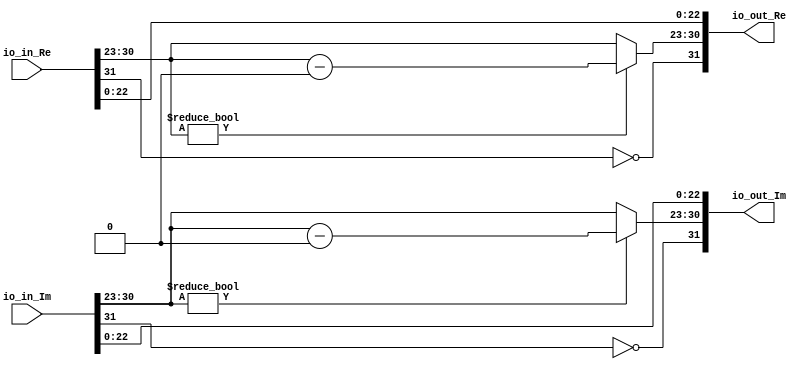
module cmplx_adj(
  input  [31:0] io_in_Re,
  input  [31:0] io_in_Im,
  output [31:0] io_out_Re,
  output [31:0] io_out_Im
);
  wire  sign_0 = io_in_Re[31]; // @[FFTDesigns.scala 2581:24]
  wire  sign_1 = io_in_Im[31]; // @[FFTDesigns.scala 2582:24]
  wire [7:0] exp_0 = io_in_Re[30:23]; // @[FFTDesigns.scala 2584:23]
  wire [7:0] exp_1 = io_in_Im[30:23]; // @[FFTDesigns.scala 2585:23]
  wire [22:0] frac_0 = io_in_Re[22:0]; // @[FFTDesigns.scala 2587:24]
  wire [22:0] frac_1 = io_in_Im[22:0]; // @[FFTDesigns.scala 2588:24]
  wire  new_sign_0 = ~sign_0; // @[FFTDesigns.scala 2591:22]
  wire  new_sign_1 = ~sign_1; // @[FFTDesigns.scala 2592:22]
  wire [7:0] _new_exp_0_T_1 = exp_0 - 8'h0; // @[FFTDesigns.scala 2599:28]
  wire [7:0] new_exp_0 = exp_0 != 8'h0 ? _new_exp_0_T_1 : exp_0; // @[FFTDesigns.scala 2598:25 2599:18 2601:18]
  wire [7:0] _new_exp_1_T_1 = exp_1 - 8'h0; // @[FFTDesigns.scala 2604:28]
  wire [7:0] new_exp_1 = exp_1 != 8'h0 ? _new_exp_1_T_1 : exp_1; // @[FFTDesigns.scala 2603:26 2604:18 2606:18]
  wire [8:0] _io_out_Im_T = {new_sign_0,new_exp_0}; // @[FFTDesigns.scala 2611:34]
  wire [8:0] _io_out_Im_T_2 = {new_sign_1,new_exp_1}; // @[FFTDesigns.scala 2614:34]
  assign io_out_Re = {_io_out_Im_T,frac_0}; // @[FFTDesigns.scala 2613:48]
  assign io_out_Im = {_io_out_Im_T_2,frac_1}; // @[FFTDesigns.scala 2614:48]
endmodule
module full_subber(
  input  [7:0] io_in_a,
  input  [7:0] io_in_b,
  output [7:0] io_out_s,
  output       io_out_c
);
  wire [8:0] _result_T = io_in_a - io_in_b; // @[Arithmetic.scala 72:23]
  wire [9:0] _result_T_2 = _result_T - 9'h0; // @[Arithmetic.scala 72:34]
  wire [8:0] result = _result_T_2[8:0]; // @[Arithmetic.scala 71:22 72:12]
  assign io_out_s = result[7:0]; // @[Arithmetic.scala 73:23]
  assign io_out_c = result[8]; // @[Arithmetic.scala 74:23]
endmodule
module twoscomplement(
  input  [7:0] io_in,
  output [7:0] io_out
);
  wire [7:0] _x_T = ~io_in; // @[Arithmetic.scala 28:16]
  assign io_out = 8'h1 + _x_T; // @[Arithmetic.scala 28:14]
endmodule
module full_adder(
  input  [23:0] io_in_a,
  input  [23:0] io_in_b,
  output [23:0] io_out_s,
  output        io_out_c
);
  wire [24:0] _result_T = io_in_a + io_in_b; // @[Arithmetic.scala 58:23]
  wire [25:0] _result_T_1 = {{1'd0}, _result_T}; // @[Arithmetic.scala 58:34]
  wire [24:0] result = _result_T_1[24:0]; // @[Arithmetic.scala 57:22 58:12]
  assign io_out_s = result[23:0]; // @[Arithmetic.scala 59:23]
  assign io_out_c = result[24]; // @[Arithmetic.scala 60:23]
endmodule
module twoscomplement_1(
  input  [23:0] io_in,
  output [23:0] io_out
);
  wire [23:0] _x_T = ~io_in; // @[Arithmetic.scala 28:16]
  assign io_out = 24'h1 + _x_T; // @[Arithmetic.scala 28:14]
endmodule
module shifter(
  input  [23:0] io_in_a,
  input  [4:0]  io_in_b,
  output [23:0] io_out_s
);
  wire [23:0] _result_T = io_in_a >> io_in_b; // @[Arithmetic.scala 42:25]
  wire [54:0] _GEN_0 = {{31'd0}, _result_T}; // @[Arithmetic.scala 41:26 42:14 44:14]
  assign io_out_s = _GEN_0[23:0]; // @[Arithmetic.scala 39:22]
endmodule
module leadingOneDetector(
  input  [23:0] io_in,
  output [4:0]  io_out
);
  wire [1:0] _hotValue_T = io_in[1] ? 2'h2 : 2'h1; // @[Mux.scala 47:70]
  wire [1:0] _hotValue_T_1 = io_in[2] ? 2'h3 : _hotValue_T; // @[Mux.scala 47:70]
  wire [2:0] _hotValue_T_2 = io_in[3] ? 3'h4 : {{1'd0}, _hotValue_T_1}; // @[Mux.scala 47:70]
  wire [2:0] _hotValue_T_3 = io_in[4] ? 3'h5 : _hotValue_T_2; // @[Mux.scala 47:70]
  wire [2:0] _hotValue_T_4 = io_in[5] ? 3'h6 : _hotValue_T_3; // @[Mux.scala 47:70]
  wire [2:0] _hotValue_T_5 = io_in[6] ? 3'h7 : _hotValue_T_4; // @[Mux.scala 47:70]
  wire [3:0] _hotValue_T_6 = io_in[7] ? 4'h8 : {{1'd0}, _hotValue_T_5}; // @[Mux.scala 47:70]
  wire [3:0] _hotValue_T_7 = io_in[8] ? 4'h9 : _hotValue_T_6; // @[Mux.scala 47:70]
  wire [3:0] _hotValue_T_8 = io_in[9] ? 4'ha : _hotValue_T_7; // @[Mux.scala 47:70]
  wire [3:0] _hotValue_T_9 = io_in[10] ? 4'hb : _hotValue_T_8; // @[Mux.scala 47:70]
  wire [3:0] _hotValue_T_10 = io_in[11] ? 4'hc : _hotValue_T_9; // @[Mux.scala 47:70]
  wire [3:0] _hotValue_T_11 = io_in[12] ? 4'hd : _hotValue_T_10; // @[Mux.scala 47:70]
  wire [3:0] _hotValue_T_12 = io_in[13] ? 4'he : _hotValue_T_11; // @[Mux.scala 47:70]
  wire [3:0] _hotValue_T_13 = io_in[14] ? 4'hf : _hotValue_T_12; // @[Mux.scala 47:70]
  wire [4:0] _hotValue_T_14 = io_in[15] ? 5'h10 : {{1'd0}, _hotValue_T_13}; // @[Mux.scala 47:70]
  wire [4:0] _hotValue_T_15 = io_in[16] ? 5'h11 : _hotValue_T_14; // @[Mux.scala 47:70]
  wire [4:0] _hotValue_T_16 = io_in[17] ? 5'h12 : _hotValue_T_15; // @[Mux.scala 47:70]
  wire [4:0] _hotValue_T_17 = io_in[18] ? 5'h13 : _hotValue_T_16; // @[Mux.scala 47:70]
  wire [4:0] _hotValue_T_18 = io_in[19] ? 5'h14 : _hotValue_T_17; // @[Mux.scala 47:70]
  wire [4:0] _hotValue_T_19 = io_in[20] ? 5'h15 : _hotValue_T_18; // @[Mux.scala 47:70]
  wire [4:0] _hotValue_T_20 = io_in[21] ? 5'h16 : _hotValue_T_19; // @[Mux.scala 47:70]
  wire [4:0] _hotValue_T_21 = io_in[22] ? 5'h17 : _hotValue_T_20; // @[Mux.scala 47:70]
  assign io_out = io_in[23] ? 5'h18 : _hotValue_T_21; // @[Mux.scala 47:70]
endmodule
module FP_adder(
  input         clock,
  input         reset,
  input  [31:0] io_in_a,
  input  [31:0] io_in_b,
  output [31:0] io_out_s
);
`ifdef RANDOMIZE_REG_INIT
  reg [31:0] _RAND_0;
`endif // RANDOMIZE_REG_INIT
  wire [7:0] subber_io_in_a; // @[FPArithmetic.scala 76:24]
  wire [7:0] subber_io_in_b; // @[FPArithmetic.scala 76:24]
  wire [7:0] subber_io_out_s; // @[FPArithmetic.scala 76:24]
  wire  subber_io_out_c; // @[FPArithmetic.scala 76:24]
  wire [7:0] complement_io_in; // @[FPArithmetic.scala 82:28]
  wire [7:0] complement_io_out; // @[FPArithmetic.scala 82:28]
  wire [23:0] adder_io_in_a; // @[FPArithmetic.scala 86:23]
  wire [23:0] adder_io_in_b; // @[FPArithmetic.scala 86:23]
  wire [23:0] adder_io_out_s; // @[FPArithmetic.scala 86:23]
  wire  adder_io_out_c; // @[FPArithmetic.scala 86:23]
  wire [23:0] complementN_0_io_in; // @[FPArithmetic.scala 92:31]
  wire [23:0] complementN_0_io_out; // @[FPArithmetic.scala 92:31]
  wire [23:0] complementN_1_io_in; // @[FPArithmetic.scala 94:31]
  wire [23:0] complementN_1_io_out; // @[FPArithmetic.scala 94:31]
  wire [23:0] shifter_io_in_a; // @[FPArithmetic.scala 98:25]
  wire [4:0] shifter_io_in_b; // @[FPArithmetic.scala 98:25]
  wire [23:0] shifter_io_out_s; // @[FPArithmetic.scala 98:25]
  wire [23:0] complementN_2_io_in; // @[FPArithmetic.scala 143:31]
  wire [23:0] complementN_2_io_out; // @[FPArithmetic.scala 143:31]
  wire [23:0] leadingOneFinder_io_in; // @[FPArithmetic.scala 163:34]
  wire [4:0] leadingOneFinder_io_out; // @[FPArithmetic.scala 163:34]
  wire [7:0] subber2_io_in_a; // @[FPArithmetic.scala 165:25]
  wire [7:0] subber2_io_in_b; // @[FPArithmetic.scala 165:25]
  wire [7:0] subber2_io_out_s; // @[FPArithmetic.scala 165:25]
  wire  subber2_io_out_c; // @[FPArithmetic.scala 165:25]
  wire  sign_0 = io_in_a[31]; // @[FPArithmetic.scala 38:23]
  wire  sign_1 = io_in_b[31]; // @[FPArithmetic.scala 39:23]
  wire [8:0] _T_2 = 9'h100 - 9'h2; // @[FPArithmetic.scala 43:62]
  wire [8:0] _GEN_31 = {{1'd0}, io_in_a[30:23]}; // @[FPArithmetic.scala 43:34]
  wire [8:0] _GEN_0 = _GEN_31 > _T_2 ? _T_2 : {{1'd0}, io_in_a[30:23]}; // @[FPArithmetic.scala 43:68 44:14 46:14]
  wire [8:0] _GEN_32 = {{1'd0}, io_in_b[30:23]}; // @[FPArithmetic.scala 48:34]
  wire [8:0] _GEN_1 = _GEN_32 > _T_2 ? _T_2 : {{1'd0}, io_in_b[30:23]}; // @[FPArithmetic.scala 48:68 49:14 51:14]
  wire [22:0] frac_0 = io_in_a[22:0]; // @[FPArithmetic.scala 56:23]
  wire [22:0] frac_1 = io_in_b[22:0]; // @[FPArithmetic.scala 57:23]
  wire [23:0] whole_frac_0 = {1'h1,frac_0}; // @[FPArithmetic.scala 61:26]
  wire [23:0] whole_frac_1 = {1'h1,frac_1}; // @[FPArithmetic.scala 62:26]
  wire [7:0] exp_1 = _GEN_1[7:0]; // @[FPArithmetic.scala 42:19]
  wire [7:0] exp_0 = _GEN_0[7:0]; // @[FPArithmetic.scala 42:19]
  wire [7:0] out_exp = subber_io_out_c ? exp_1 : exp_0; // @[FPArithmetic.scala 104:34 105:15 115:15]
  wire [7:0] sub_exp = subber_io_out_c ? complement_io_out : subber_io_out_s; // @[FPArithmetic.scala 104:34 106:15 116:15]
  wire  out_s = subber_io_out_c ? sign_1 : sign_0; // @[FPArithmetic.scala 104:34 107:13 117:13]
  wire [22:0] out_frac = subber_io_out_c ? frac_1 : frac_0; // @[FPArithmetic.scala 104:34 108:16 118:16]
  wire [23:0] _GEN_8 = subber_io_out_c ? shifter_io_out_s : whole_frac_0; // @[FPArithmetic.scala 104:34 112:21 87:19]
  wire [23:0] _GEN_9 = subber_io_out_c ? whole_frac_1 : shifter_io_out_s; // @[FPArithmetic.scala 104:34 88:19 122:21]
  wire  _new_s_T = ~adder_io_out_c; // @[FPArithmetic.scala 138:15]
  wire  _D_T_1 = sign_0 ^ sign_1; // @[FPArithmetic.scala 151:39]
  wire  D = _new_s_T | sign_0 ^ sign_1; // @[FPArithmetic.scala 151:28]
  wire  E = _new_s_T & ~adder_io_out_s[23] | _new_s_T & ~_D_T_1 | adder_io_out_c & adder_io_out_s[23] & _D_T_1; // @[FPArithmetic.scala 154:99]
  wire  _GEN_25 = sub_exp >= 8'h17 ? out_s : ~adder_io_out_c & sign_0 | sign_0 & sign_1 | ~adder_io_out_c & sign_1; // @[FPArithmetic.scala 138:11 173:39 174:13]
  wire  new_s = io_in_a[30:0] == 31'h0 & io_in_b[30:0] == 31'h0 ? 1'h0 : _GEN_25; // @[FPArithmetic.scala 169:62 170:13]
  wire [23:0] adder_result = new_s & sign_0 != sign_1 ? complementN_2_io_out : adder_io_out_s; // @[FPArithmetic.scala 157:18 158:47 159:20]
  wire [4:0] _subber2_io_in_b_T_1 = 5'h18 - leadingOneFinder_io_out; // @[FPArithmetic.scala 167:42]
  wire [8:0] _GEN_33 = {{1'd0}, out_exp}; // @[FPArithmetic.scala 181:20]
  wire [23:0] _new_out_frac_T_2 = 24'h800000 - 24'h1; // @[FPArithmetic.scala 183:51]
  wire [7:0] _new_out_exp_T_3 = out_exp + 8'h1; // @[FPArithmetic.scala 185:32]
  wire [8:0] _GEN_13 = _GEN_33 == _T_2 ? _T_2 : {{1'd0}, _new_out_exp_T_3}; // @[FPArithmetic.scala 181:56 182:21 185:21]
  wire [23:0] _GEN_14 = _GEN_33 == _T_2 ? _new_out_frac_T_2 : {{1'd0}, adder_result[23:1]}; // @[FPArithmetic.scala 181:56 183:22 186:22]
  wire [53:0] _GEN_2 = {{31'd0}, adder_result[22:0]}; // @[FPArithmetic.scala 197:57]
  wire [53:0] _new_out_frac_T_7 = _GEN_2 << _subber2_io_in_b_T_1; // @[FPArithmetic.scala 197:57]
  wire [7:0] _GEN_15 = subber2_io_out_c ? 8'h1 : subber2_io_out_s; // @[FPArithmetic.scala 192:39 193:23 196:23]
  wire [53:0] _GEN_16 = subber2_io_out_c ? 54'h400000 : _new_out_frac_T_7; // @[FPArithmetic.scala 192:39 194:24 197:24]
  wire [7:0] _GEN_17 = leadingOneFinder_io_out == 5'h1 & adder_result == 24'h0 & (_D_T_1 & io_in_a[30:0] == io_in_b[30:0
    ]) ? 8'h0 : _GEN_15; // @[FPArithmetic.scala 189:141 190:21]
  wire [53:0] _GEN_18 = leadingOneFinder_io_out == 5'h1 & adder_result == 24'h0 & (_D_T_1 & io_in_a[30:0] == io_in_b[30:
    0]) ? 54'h0 : _GEN_16; // @[FPArithmetic.scala 189:141 139:18]
  wire [7:0] _GEN_19 = D ? _GEN_17 : 8'h0; // @[FPArithmetic.scala 140:17 188:26]
  wire [53:0] _GEN_20 = D ? _GEN_18 : 54'h0; // @[FPArithmetic.scala 139:18 188:26]
  wire [8:0] _GEN_21 = ~D ? _GEN_13 : {{1'd0}, _GEN_19}; // @[FPArithmetic.scala 180:26]
  wire [53:0] _GEN_22 = ~D ? {{30'd0}, _GEN_14} : _GEN_20; // @[FPArithmetic.scala 180:26]
  wire [8:0] _GEN_23 = E ? {{1'd0}, out_exp} : _GEN_21; // @[FPArithmetic.scala 177:26 178:19]
  wire [53:0] _GEN_24 = E ? {{31'd0}, adder_result[22:0]} : _GEN_22; // @[FPArithmetic.scala 177:26 179:20]
  wire [53:0] _GEN_26 = sub_exp >= 8'h17 ? {{31'd0}, out_frac} : _GEN_24; // @[FPArithmetic.scala 173:39 175:20]
  wire [8:0] _GEN_27 = sub_exp >= 8'h17 ? {{1'd0}, out_exp} : _GEN_23; // @[FPArithmetic.scala 173:39 176:19]
  wire [8:0] _GEN_29 = io_in_a[30:0] == 31'h0 & io_in_b[30:0] == 31'h0 ? 9'h0 : _GEN_27; // @[FPArithmetic.scala 169:62 171:19]
  wire [53:0] _GEN_30 = io_in_a[30:0] == 31'h0 & io_in_b[30:0] == 31'h0 ? 54'h0 : _GEN_26; // @[FPArithmetic.scala 169:62 172:20]
  reg [31:0] reg_out_s; // @[FPArithmetic.scala 201:28]
  wire [7:0] new_out_exp = _GEN_29[7:0]; // @[FPArithmetic.scala 137:27]
  wire [22:0] new_out_frac = _GEN_30[22:0]; // @[FPArithmetic.scala 136:28]
  wire [31:0] _reg_out_s_T_1 = {new_s,new_out_exp,new_out_frac}; // @[FPArithmetic.scala 203:39]
  full_subber subber ( // @[FPArithmetic.scala 76:24]
    .io_in_a(subber_io_in_a),
    .io_in_b(subber_io_in_b),
    .io_out_s(subber_io_out_s),
    .io_out_c(subber_io_out_c)
  );
  twoscomplement complement ( // @[FPArithmetic.scala 82:28]
    .io_in(complement_io_in),
    .io_out(complement_io_out)
  );
  full_adder adder ( // @[FPArithmetic.scala 86:23]
    .io_in_a(adder_io_in_a),
    .io_in_b(adder_io_in_b),
    .io_out_s(adder_io_out_s),
    .io_out_c(adder_io_out_c)
  );
  twoscomplement_1 complementN_0 ( // @[FPArithmetic.scala 92:31]
    .io_in(complementN_0_io_in),
    .io_out(complementN_0_io_out)
  );
  twoscomplement_1 complementN_1 ( // @[FPArithmetic.scala 94:31]
    .io_in(complementN_1_io_in),
    .io_out(complementN_1_io_out)
  );
  shifter shifter ( // @[FPArithmetic.scala 98:25]
    .io_in_a(shifter_io_in_a),
    .io_in_b(shifter_io_in_b),
    .io_out_s(shifter_io_out_s)
  );
  twoscomplement_1 complementN_2 ( // @[FPArithmetic.scala 143:31]
    .io_in(complementN_2_io_in),
    .io_out(complementN_2_io_out)
  );
  leadingOneDetector leadingOneFinder ( // @[FPArithmetic.scala 163:34]
    .io_in(leadingOneFinder_io_in),
    .io_out(leadingOneFinder_io_out)
  );
  full_subber subber2 ( // @[FPArithmetic.scala 165:25]
    .io_in_a(subber2_io_in_a),
    .io_in_b(subber2_io_in_b),
    .io_out_s(subber2_io_out_s),
    .io_out_c(subber2_io_out_c)
  );
  assign io_out_s = reg_out_s; // @[FPArithmetic.scala 205:14]
  assign subber_io_in_a = _GEN_0[7:0]; // @[FPArithmetic.scala 42:19]
  assign subber_io_in_b = _GEN_1[7:0]; // @[FPArithmetic.scala 42:19]
  assign complement_io_in = subber_io_out_s; // @[FPArithmetic.scala 83:22]
  assign adder_io_in_a = sign_0 & ~sign_1 ? complementN_0_io_out : _GEN_8; // @[FPArithmetic.scala 127:45 128:21]
  assign adder_io_in_b = sign_1 & ~sign_0 ? complementN_1_io_out : _GEN_9; // @[FPArithmetic.scala 131:45 132:21]
  assign complementN_0_io_in = subber_io_out_c ? shifter_io_out_s : whole_frac_0; // @[FPArithmetic.scala 104:34 112:21 87:19]
  assign complementN_1_io_in = subber_io_out_c ? whole_frac_1 : shifter_io_out_s; // @[FPArithmetic.scala 104:34 88:19 122:21]
  assign shifter_io_in_a = subber_io_out_c ? whole_frac_0 : whole_frac_1; // @[FPArithmetic.scala 104:34 109:23 119:23]
  assign shifter_io_in_b = sub_exp[4:0];
  assign complementN_2_io_in = adder_io_out_s; // @[FPArithmetic.scala 144:25]
  assign leadingOneFinder_io_in = new_s & sign_0 != sign_1 ? complementN_2_io_out : adder_io_out_s; // @[FPArithmetic.scala 157:18 158:47 159:20]
  assign subber2_io_in_a = subber_io_out_c ? exp_1 : exp_0; // @[FPArithmetic.scala 104:34 105:15 115:15]
  assign subber2_io_in_b = {{3'd0}, _subber2_io_in_b_T_1}; // @[FPArithmetic.scala 167:21]
  always @(posedge clock) begin
    if (reset) begin // @[FPArithmetic.scala 201:28]
      reg_out_s <= 32'h0; // @[FPArithmetic.scala 201:28]
    end else begin
      reg_out_s <= _reg_out_s_T_1; // @[FPArithmetic.scala 203:15]
    end
  end
// Register and memory initialization
`ifdef RANDOMIZE_GARBAGE_ASSIGN
`define RANDOMIZE
`endif
`ifdef RANDOMIZE_INVALID_ASSIGN
`define RANDOMIZE
`endif
`ifdef RANDOMIZE_REG_INIT
`define RANDOMIZE
`endif
`ifdef RANDOMIZE_MEM_INIT
`define RANDOMIZE
`endif
`ifndef RANDOM
`define RANDOM $random
`endif
`ifdef RANDOMIZE_MEM_INIT
  integer initvar;
`endif
`ifndef SYNTHESIS
`ifdef FIRRTL_BEFORE_INITIAL
`FIRRTL_BEFORE_INITIAL
`endif
initial begin
  `ifdef RANDOMIZE
    `ifdef INIT_RANDOM
      `INIT_RANDOM
    `endif
    `ifndef VERILATOR
      `ifdef RANDOMIZE_DELAY
        #`RANDOMIZE_DELAY begin end
      `else
        #0.002 begin end
      `endif
    `endif
`ifdef RANDOMIZE_REG_INIT
  _RAND_0 = {1{`RANDOM}};
  reg_out_s = _RAND_0[31:0];
`endif // RANDOMIZE_REG_INIT
  `endif // RANDOMIZE
end // initial
`ifdef FIRRTL_AFTER_INITIAL
`FIRRTL_AFTER_INITIAL
`endif
`endif // SYNTHESIS
endmodule
module FPComplexAdder(
  input         clock,
  input         reset,
  input  [31:0] io_in_a_Re,
  input  [31:0] io_in_a_Im,
  input  [31:0] io_in_b_Re,
  input  [31:0] io_in_b_Im,
  output [31:0] io_out_s_Re,
  output [31:0] io_out_s_Im
);
  wire  FP_adder_clock; // @[FPComplex.scala 21:25]
  wire  FP_adder_reset; // @[FPComplex.scala 21:25]
  wire [31:0] FP_adder_io_in_a; // @[FPComplex.scala 21:25]
  wire [31:0] FP_adder_io_in_b; // @[FPComplex.scala 21:25]
  wire [31:0] FP_adder_io_out_s; // @[FPComplex.scala 21:25]
  wire  FP_adder_1_clock; // @[FPComplex.scala 21:25]
  wire  FP_adder_1_reset; // @[FPComplex.scala 21:25]
  wire [31:0] FP_adder_1_io_in_a; // @[FPComplex.scala 21:25]
  wire [31:0] FP_adder_1_io_in_b; // @[FPComplex.scala 21:25]
  wire [31:0] FP_adder_1_io_out_s; // @[FPComplex.scala 21:25]
  FP_adder FP_adder ( // @[FPComplex.scala 21:25]
    .clock(FP_adder_clock),
    .reset(FP_adder_reset),
    .io_in_a(FP_adder_io_in_a),
    .io_in_b(FP_adder_io_in_b),
    .io_out_s(FP_adder_io_out_s)
  );
  FP_adder FP_adder_1 ( // @[FPComplex.scala 21:25]
    .clock(FP_adder_1_clock),
    .reset(FP_adder_1_reset),
    .io_in_a(FP_adder_1_io_in_a),
    .io_in_b(FP_adder_1_io_in_b),
    .io_out_s(FP_adder_1_io_out_s)
  );
  assign io_out_s_Re = FP_adder_io_out_s; // @[FPComplex.scala 28:17]
  assign io_out_s_Im = FP_adder_1_io_out_s; // @[FPComplex.scala 29:17]
  assign FP_adder_clock = clock;
  assign FP_adder_reset = reset;
  assign FP_adder_io_in_a = io_in_a_Re; // @[FPComplex.scala 24:23]
  assign FP_adder_io_in_b = io_in_b_Re; // @[FPComplex.scala 25:23]
  assign FP_adder_1_clock = clock;
  assign FP_adder_1_reset = reset;
  assign FP_adder_1_io_in_a = io_in_a_Im; // @[FPComplex.scala 26:23]
  assign FP_adder_1_io_in_b = io_in_b_Im; // @[FPComplex.scala 27:23]
endmodule
module FPComplexMultiAdder(
  input         clock,
  input         reset,
  input  [31:0] io_in_0_Re,
  input  [31:0] io_in_0_Im,
  input  [31:0] io_in_1_Re,
  input  [31:0] io_in_1_Im,
  output [31:0] io_out_Re,
  output [31:0] io_out_Im
);
  wire  FPComplexAdder_clock; // @[FPComplex.scala 450:30]
  wire  FPComplexAdder_reset; // @[FPComplex.scala 450:30]
  wire [31:0] FPComplexAdder_io_in_a_Re; // @[FPComplex.scala 450:30]
  wire [31:0] FPComplexAdder_io_in_a_Im; // @[FPComplex.scala 450:30]
  wire [31:0] FPComplexAdder_io_in_b_Re; // @[FPComplex.scala 450:30]
  wire [31:0] FPComplexAdder_io_in_b_Im; // @[FPComplex.scala 450:30]
  wire [31:0] FPComplexAdder_io_out_s_Re; // @[FPComplex.scala 450:30]
  wire [31:0] FPComplexAdder_io_out_s_Im; // @[FPComplex.scala 450:30]
  FPComplexAdder FPComplexAdder ( // @[FPComplex.scala 450:30]
    .clock(FPComplexAdder_clock),
    .reset(FPComplexAdder_reset),
    .io_in_a_Re(FPComplexAdder_io_in_a_Re),
    .io_in_a_Im(FPComplexAdder_io_in_a_Im),
    .io_in_b_Re(FPComplexAdder_io_in_b_Re),
    .io_in_b_Im(FPComplexAdder_io_in_b_Im),
    .io_out_s_Re(FPComplexAdder_io_out_s_Re),
    .io_out_s_Im(FPComplexAdder_io_out_s_Im)
  );
  assign io_out_Re = FPComplexAdder_io_out_s_Re; // @[FPComplex.scala 568:16]
  assign io_out_Im = FPComplexAdder_io_out_s_Im; // @[FPComplex.scala 568:16]
  assign FPComplexAdder_clock = clock;
  assign FPComplexAdder_reset = reset;
  assign FPComplexAdder_io_in_a_Re = io_in_0_Re; // @[FPComplex.scala 530:42]
  assign FPComplexAdder_io_in_a_Im = io_in_0_Im; // @[FPComplex.scala 530:42]
  assign FPComplexAdder_io_in_b_Re = io_in_1_Re; // @[FPComplex.scala 531:42]
  assign FPComplexAdder_io_in_b_Im = io_in_1_Im; // @[FPComplex.scala 531:42]
endmodule
module DFT_r2(
  input         clock,
  input         reset,
  input  [31:0] io_in_0_Re,
  input  [31:0] io_in_0_Im,
  input  [31:0] io_in_1_Re,
  input  [31:0] io_in_1_Im,
  input         io_in_ready,
  output        io_out_validate,
  output [31:0] io_out_0_Re,
  output [31:0] io_out_0_Im,
  output [31:0] io_out_1_Re,
  output [31:0] io_out_1_Im
);
`ifdef RANDOMIZE_REG_INIT
  reg [31:0] _RAND_0;
  reg [31:0] _RAND_1;
  reg [31:0] _RAND_2;
  reg [31:0] _RAND_3;
  reg [31:0] _RAND_4;
  reg [31:0] _RAND_5;
`endif // RANDOMIZE_REG_INIT
  wire [31:0] cmplx_adj_io_in_Re; // @[FFTDesigns.scala 1468:22]
  wire [31:0] cmplx_adj_io_in_Im; // @[FFTDesigns.scala 1468:22]
  wire [31:0] cmplx_adj_io_out_Re; // @[FFTDesigns.scala 1468:22]
  wire [31:0] cmplx_adj_io_out_Im; // @[FFTDesigns.scala 1468:22]
  wire  FPComplexMultiAdder_clock; // @[FFTDesigns.scala 1499:26]
  wire  FPComplexMultiAdder_reset; // @[FFTDesigns.scala 1499:26]
  wire [31:0] FPComplexMultiAdder_io_in_0_Re; // @[FFTDesigns.scala 1499:26]
  wire [31:0] FPComplexMultiAdder_io_in_0_Im; // @[FFTDesigns.scala 1499:26]
  wire [31:0] FPComplexMultiAdder_io_in_1_Re; // @[FFTDesigns.scala 1499:26]
  wire [31:0] FPComplexMultiAdder_io_in_1_Im; // @[FFTDesigns.scala 1499:26]
  wire [31:0] FPComplexMultiAdder_io_out_Re; // @[FFTDesigns.scala 1499:26]
  wire [31:0] FPComplexMultiAdder_io_out_Im; // @[FFTDesigns.scala 1499:26]
  wire  FPComplexMultiAdder_1_clock; // @[FFTDesigns.scala 1499:26]
  wire  FPComplexMultiAdder_1_reset; // @[FFTDesigns.scala 1499:26]
  wire [31:0] FPComplexMultiAdder_1_io_in_0_Re; // @[FFTDesigns.scala 1499:26]
  wire [31:0] FPComplexMultiAdder_1_io_in_0_Im; // @[FFTDesigns.scala 1499:26]
  wire [31:0] FPComplexMultiAdder_1_io_in_1_Re; // @[FFTDesigns.scala 1499:26]
  wire [31:0] FPComplexMultiAdder_1_io_in_1_Im; // @[FFTDesigns.scala 1499:26]
  wire [31:0] FPComplexMultiAdder_1_io_out_Re; // @[FFTDesigns.scala 1499:26]
  wire [31:0] FPComplexMultiAdder_1_io_out_Im; // @[FFTDesigns.scala 1499:26]
  reg  regDelays_0; // @[FFTDesigns.scala 1441:28]
  reg  regDelays_1; // @[FFTDesigns.scala 1441:28]
  reg [31:0] result_0_Re; // @[FFTDesigns.scala 1580:25]
  reg [31:0] result_0_Im; // @[FFTDesigns.scala 1580:25]
  reg [31:0] result_1_Re; // @[FFTDesigns.scala 1580:25]
  reg [31:0] result_1_Im; // @[FFTDesigns.scala 1580:25]
  cmplx_adj cmplx_adj ( // @[FFTDesigns.scala 1468:22]
    .io_in_Re(cmplx_adj_io_in_Re),
    .io_in_Im(cmplx_adj_io_in_Im),
    .io_out_Re(cmplx_adj_io_out_Re),
    .io_out_Im(cmplx_adj_io_out_Im)
  );
  FPComplexMultiAdder FPComplexMultiAdder ( // @[FFTDesigns.scala 1499:26]
    .clock(FPComplexMultiAdder_clock),
    .reset(FPComplexMultiAdder_reset),
    .io_in_0_Re(FPComplexMultiAdder_io_in_0_Re),
    .io_in_0_Im(FPComplexMultiAdder_io_in_0_Im),
    .io_in_1_Re(FPComplexMultiAdder_io_in_1_Re),
    .io_in_1_Im(FPComplexMultiAdder_io_in_1_Im),
    .io_out_Re(FPComplexMultiAdder_io_out_Re),
    .io_out_Im(FPComplexMultiAdder_io_out_Im)
  );
  FPComplexMultiAdder FPComplexMultiAdder_1 ( // @[FFTDesigns.scala 1499:26]
    .clock(FPComplexMultiAdder_1_clock),
    .reset(FPComplexMultiAdder_1_reset),
    .io_in_0_Re(FPComplexMultiAdder_1_io_in_0_Re),
    .io_in_0_Im(FPComplexMultiAdder_1_io_in_0_Im),
    .io_in_1_Re(FPComplexMultiAdder_1_io_in_1_Re),
    .io_in_1_Im(FPComplexMultiAdder_1_io_in_1_Im),
    .io_out_Re(FPComplexMultiAdder_1_io_out_Re),
    .io_out_Im(FPComplexMultiAdder_1_io_out_Im)
  );
  assign io_out_validate = regDelays_1; // @[FFTDesigns.scala 1449:28 1450:18]
  assign io_out_0_Re = result_0_Re; // @[FFTDesigns.scala 1593:17]
  assign io_out_0_Im = result_0_Im; // @[FFTDesigns.scala 1593:17]
  assign io_out_1_Re = result_1_Re; // @[FFTDesigns.scala 1593:17]
  assign io_out_1_Im = result_1_Im; // @[FFTDesigns.scala 1593:17]
  assign cmplx_adj_io_in_Re = io_in_1_Re; // @[FFTDesigns.scala 1480:27]
  assign cmplx_adj_io_in_Im = io_in_1_Im; // @[FFTDesigns.scala 1480:27]
  assign FPComplexMultiAdder_clock = clock;
  assign FPComplexMultiAdder_reset = reset;
  assign FPComplexMultiAdder_io_in_0_Re = io_in_0_Re; // @[FFTDesigns.scala 1567:30]
  assign FPComplexMultiAdder_io_in_0_Im = io_in_0_Im; // @[FFTDesigns.scala 1567:30]
  assign FPComplexMultiAdder_io_in_1_Re = io_in_1_Re; // @[FFTDesigns.scala 1567:30]
  assign FPComplexMultiAdder_io_in_1_Im = io_in_1_Im; // @[FFTDesigns.scala 1567:30]
  assign FPComplexMultiAdder_1_clock = clock;
  assign FPComplexMultiAdder_1_reset = reset;
  assign FPComplexMultiAdder_1_io_in_0_Re = io_in_0_Re; // @[FFTDesigns.scala 1572:32]
  assign FPComplexMultiAdder_1_io_in_0_Im = io_in_0_Im; // @[FFTDesigns.scala 1572:32]
  assign FPComplexMultiAdder_1_io_in_1_Re = cmplx_adj_io_out_Re; // @[FFTDesigns.scala 1478:24 1484:42]
  assign FPComplexMultiAdder_1_io_in_1_Im = cmplx_adj_io_out_Im; // @[FFTDesigns.scala 1478:24 1484:42]
  always @(posedge clock) begin
    if (reset) begin // @[FFTDesigns.scala 1441:28]
      regDelays_0 <= 1'h0; // @[FFTDesigns.scala 1441:28]
    end else begin
      regDelays_0 <= io_in_ready; // @[FFTDesigns.scala 1444:22]
    end
    if (reset) begin // @[FFTDesigns.scala 1441:28]
      regDelays_1 <= 1'h0; // @[FFTDesigns.scala 1441:28]
    end else begin
      regDelays_1 <= regDelays_0; // @[FFTDesigns.scala 1446:22]
    end
    if (reset) begin // @[FFTDesigns.scala 1580:25]
      result_0_Re <= 32'h0; // @[FFTDesigns.scala 1580:25]
    end else if (regDelays_0) begin // @[FFTDesigns.scala 1582:36]
      result_0_Re <= FPComplexMultiAdder_io_out_Re; // @[FFTDesigns.scala 1584:19]
    end else begin
      result_0_Re <= 32'h0; // @[FFTDesigns.scala 1588:22]
    end
    if (reset) begin // @[FFTDesigns.scala 1580:25]
      result_0_Im <= 32'h0; // @[FFTDesigns.scala 1580:25]
    end else if (regDelays_0) begin // @[FFTDesigns.scala 1582:36]
      result_0_Im <= FPComplexMultiAdder_io_out_Im; // @[FFTDesigns.scala 1584:19]
    end else begin
      result_0_Im <= 32'h0; // @[FFTDesigns.scala 1589:22]
    end
    if (reset) begin // @[FFTDesigns.scala 1580:25]
      result_1_Re <= 32'h0; // @[FFTDesigns.scala 1580:25]
    end else if (regDelays_0) begin // @[FFTDesigns.scala 1582:36]
      result_1_Re <= FPComplexMultiAdder_1_io_out_Re; // @[FFTDesigns.scala 1584:19]
    end else begin
      result_1_Re <= 32'h0; // @[FFTDesigns.scala 1588:22]
    end
    if (reset) begin // @[FFTDesigns.scala 1580:25]
      result_1_Im <= 32'h0; // @[FFTDesigns.scala 1580:25]
    end else if (regDelays_0) begin // @[FFTDesigns.scala 1582:36]
      result_1_Im <= FPComplexMultiAdder_1_io_out_Im; // @[FFTDesigns.scala 1584:19]
    end else begin
      result_1_Im <= 32'h0; // @[FFTDesigns.scala 1589:22]
    end
  end
// Register and memory initialization
`ifdef RANDOMIZE_GARBAGE_ASSIGN
`define RANDOMIZE
`endif
`ifdef RANDOMIZE_INVALID_ASSIGN
`define RANDOMIZE
`endif
`ifdef RANDOMIZE_REG_INIT
`define RANDOMIZE
`endif
`ifdef RANDOMIZE_MEM_INIT
`define RANDOMIZE
`endif
`ifndef RANDOM
`define RANDOM $random
`endif
`ifdef RANDOMIZE_MEM_INIT
  integer initvar;
`endif
`ifndef SYNTHESIS
`ifdef FIRRTL_BEFORE_INITIAL
`FIRRTL_BEFORE_INITIAL
`endif
initial begin
  `ifdef RANDOMIZE
    `ifdef INIT_RANDOM
      `INIT_RANDOM
    `endif
    `ifndef VERILATOR
      `ifdef RANDOMIZE_DELAY
        #`RANDOMIZE_DELAY begin end
      `else
        #0.002 begin end
      `endif
    `endif
`ifdef RANDOMIZE_REG_INIT
  _RAND_0 = {1{`RANDOM}};
  regDelays_0 = _RAND_0[0:0];
  _RAND_1 = {1{`RANDOM}};
  regDelays_1 = _RAND_1[0:0];
  _RAND_2 = {1{`RANDOM}};
  result_0_Re = _RAND_2[31:0];
  _RAND_3 = {1{`RANDOM}};
  result_0_Im = _RAND_3[31:0];
  _RAND_4 = {1{`RANDOM}};
  result_1_Re = _RAND_4[31:0];
  _RAND_5 = {1{`RANDOM}};
  result_1_Im = _RAND_5[31:0];
`endif // RANDOMIZE_REG_INIT
  `endif // RANDOMIZE
end // initial
`ifdef FIRRTL_AFTER_INITIAL
`FIRRTL_AFTER_INITIAL
`endif
`endif // SYNTHESIS
endmodule